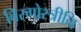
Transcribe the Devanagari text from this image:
बिरगोस्त्रीनि